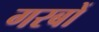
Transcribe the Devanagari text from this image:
गरबों